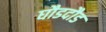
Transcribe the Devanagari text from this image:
घौडदौड